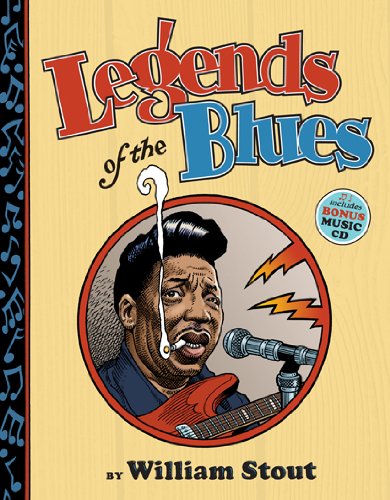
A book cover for Legends of the Blues; William Stout; Arts & Photography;